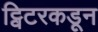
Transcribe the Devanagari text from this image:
ट्विटरकडून